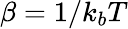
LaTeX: \beta=1/k_{b}T